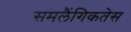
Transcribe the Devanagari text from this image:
समलैंगिकतेस